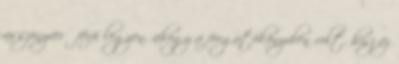
asszonyverő férfi legyen, ahogy a forgatókönyvben volt, hisz ez